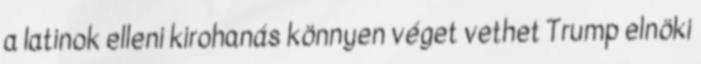
a latinok elleni kirohanás könnyen véget vethet Trump elnöki